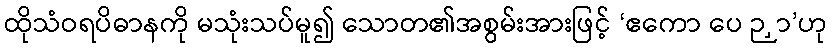
ထိုသံဝရပိဓာနကို မသုံးသပ်မူ၍ သောတ၏အစွမ်းအားဖြင့် ‘ဧကော ပေ ဉှာ’ဟု